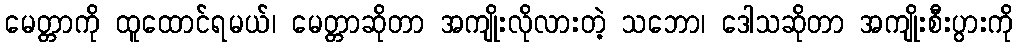
မေတ္တာကို ထူထောင်ရမယ်၊ မေတ္တာဆိုတာ အကျိုးလိုလားတဲ့ သဘော၊ ဒေါသဆိုတာ အကျိုးစီးပွားကို